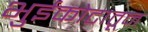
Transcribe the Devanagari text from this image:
भुईकोटातून